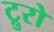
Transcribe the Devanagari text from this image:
ट्रुरो